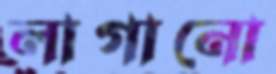
লাগানো